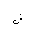
Letter: _kha